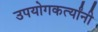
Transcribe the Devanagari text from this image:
उपयोगकर्त्यांनी